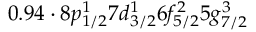
0 . 9 4 \cdot 8 p _ { 1 / 2 } ^ { 1 } 7 d _ { 3 / 2 } ^ { 1 } 6 f _ { 5 / 2 } ^ { 2 } 5 g _ { 7 / 2 } ^ { 3 }